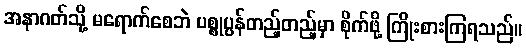
အနာဂတ်သို့ မရောက်စေဘဲ ပစ္စုပ္ပန်တည့်တည့်မှာ စိုက်ဖို့ ကြိုးစားကြရသည်။